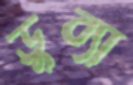
ডুব্যা